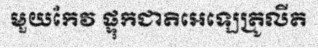
មួយកែវ ផ្ទុកជាតិអេឡេត្រូលីត